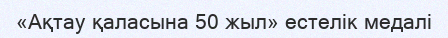
«Ақтау қаласына 50 жыл» естелік медалі